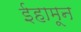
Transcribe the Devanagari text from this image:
ईहामून